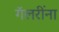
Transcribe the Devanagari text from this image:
गॅलरींना